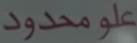
محدودًاعلى